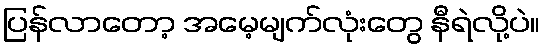
ပြန်လာတော့ အမေ့မျက်လုံးတွေ နီရဲလို့ပဲ။